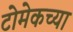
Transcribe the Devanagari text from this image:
टोमेकच्या